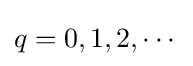
q=0,1,2,\cdots